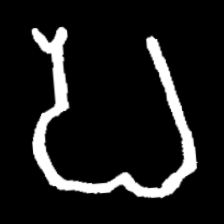
Pyu character \u2014 Myanmar letter: ပ (romanized: pa)